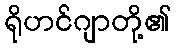
ရိုဟင်ဂျာတို့၏